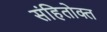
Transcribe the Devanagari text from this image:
संहितोक्त